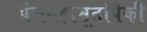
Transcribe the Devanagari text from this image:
पंचमहाभूतांपैकी